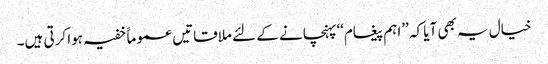
خیال یہ بھی آیا کہ ’’اہم پیغام‘‘پہنچانے کے لئے ملاقاتیں عموماََ خفیہ ہوا کرتی ہیں۔